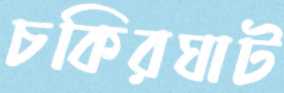
চকিরঘাট